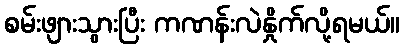
စမ်းဖျားသွားပြီး ကဏန်းလဲနှိုက်လို့ရမယ်။